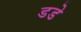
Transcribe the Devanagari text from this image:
डडे